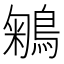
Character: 鵴